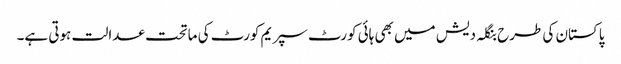
پاکستان کی طرح بنگلہ دیش میں بھی ہائی کورٹ سپریم کورٹ کی ماتحت عدالت ہوتی ہے۔